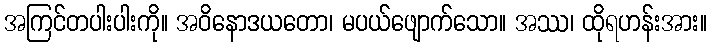
အကြင်တပါးပါးကို။ အဝိနောဒယတော၊ မပယ်ဖျောက်သော။ အဿ၊ ထိုရဟန်းအား။